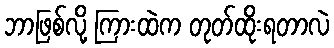
ဘာဖြစ်လို့ ကြားထဲက တုတ်ထိုးရတာလဲ